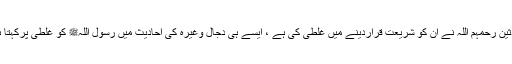
محدثین رحمہم اللہ نے ان کو شریعت قراردینے میں غلطی کی ہے ، ایسے ہی دجال وغیرہ کی احادیث میں رسول اللہﷺ کو غلطی پرکہتا ہے۔